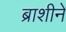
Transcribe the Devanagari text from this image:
ब्राशीने